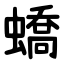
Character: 蟜